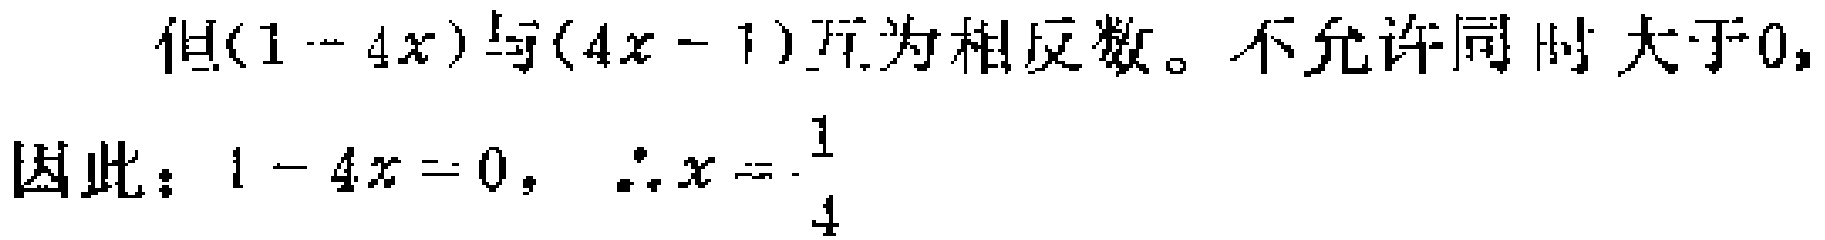
但\((1 - 4x)\)与\((4x - 1)\)互为相反数。不允许同时大于\(0\)，

因此：\(1 - 4x = 0\)，\(\therefore x = \frac{1}{4}\)